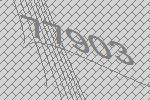
77903